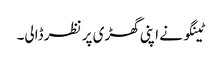
ٹینگو نے اپنی گھڑی پر نظر ڈالی۔